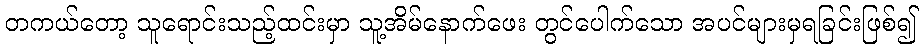
တကယ်တော့ သူရောင်းသည့်ထင်းမှာ သူ့အိမ်နောက်ဖေး တွင်ပေါက်သော အပင်များမှရခြင်းဖြစ်၍